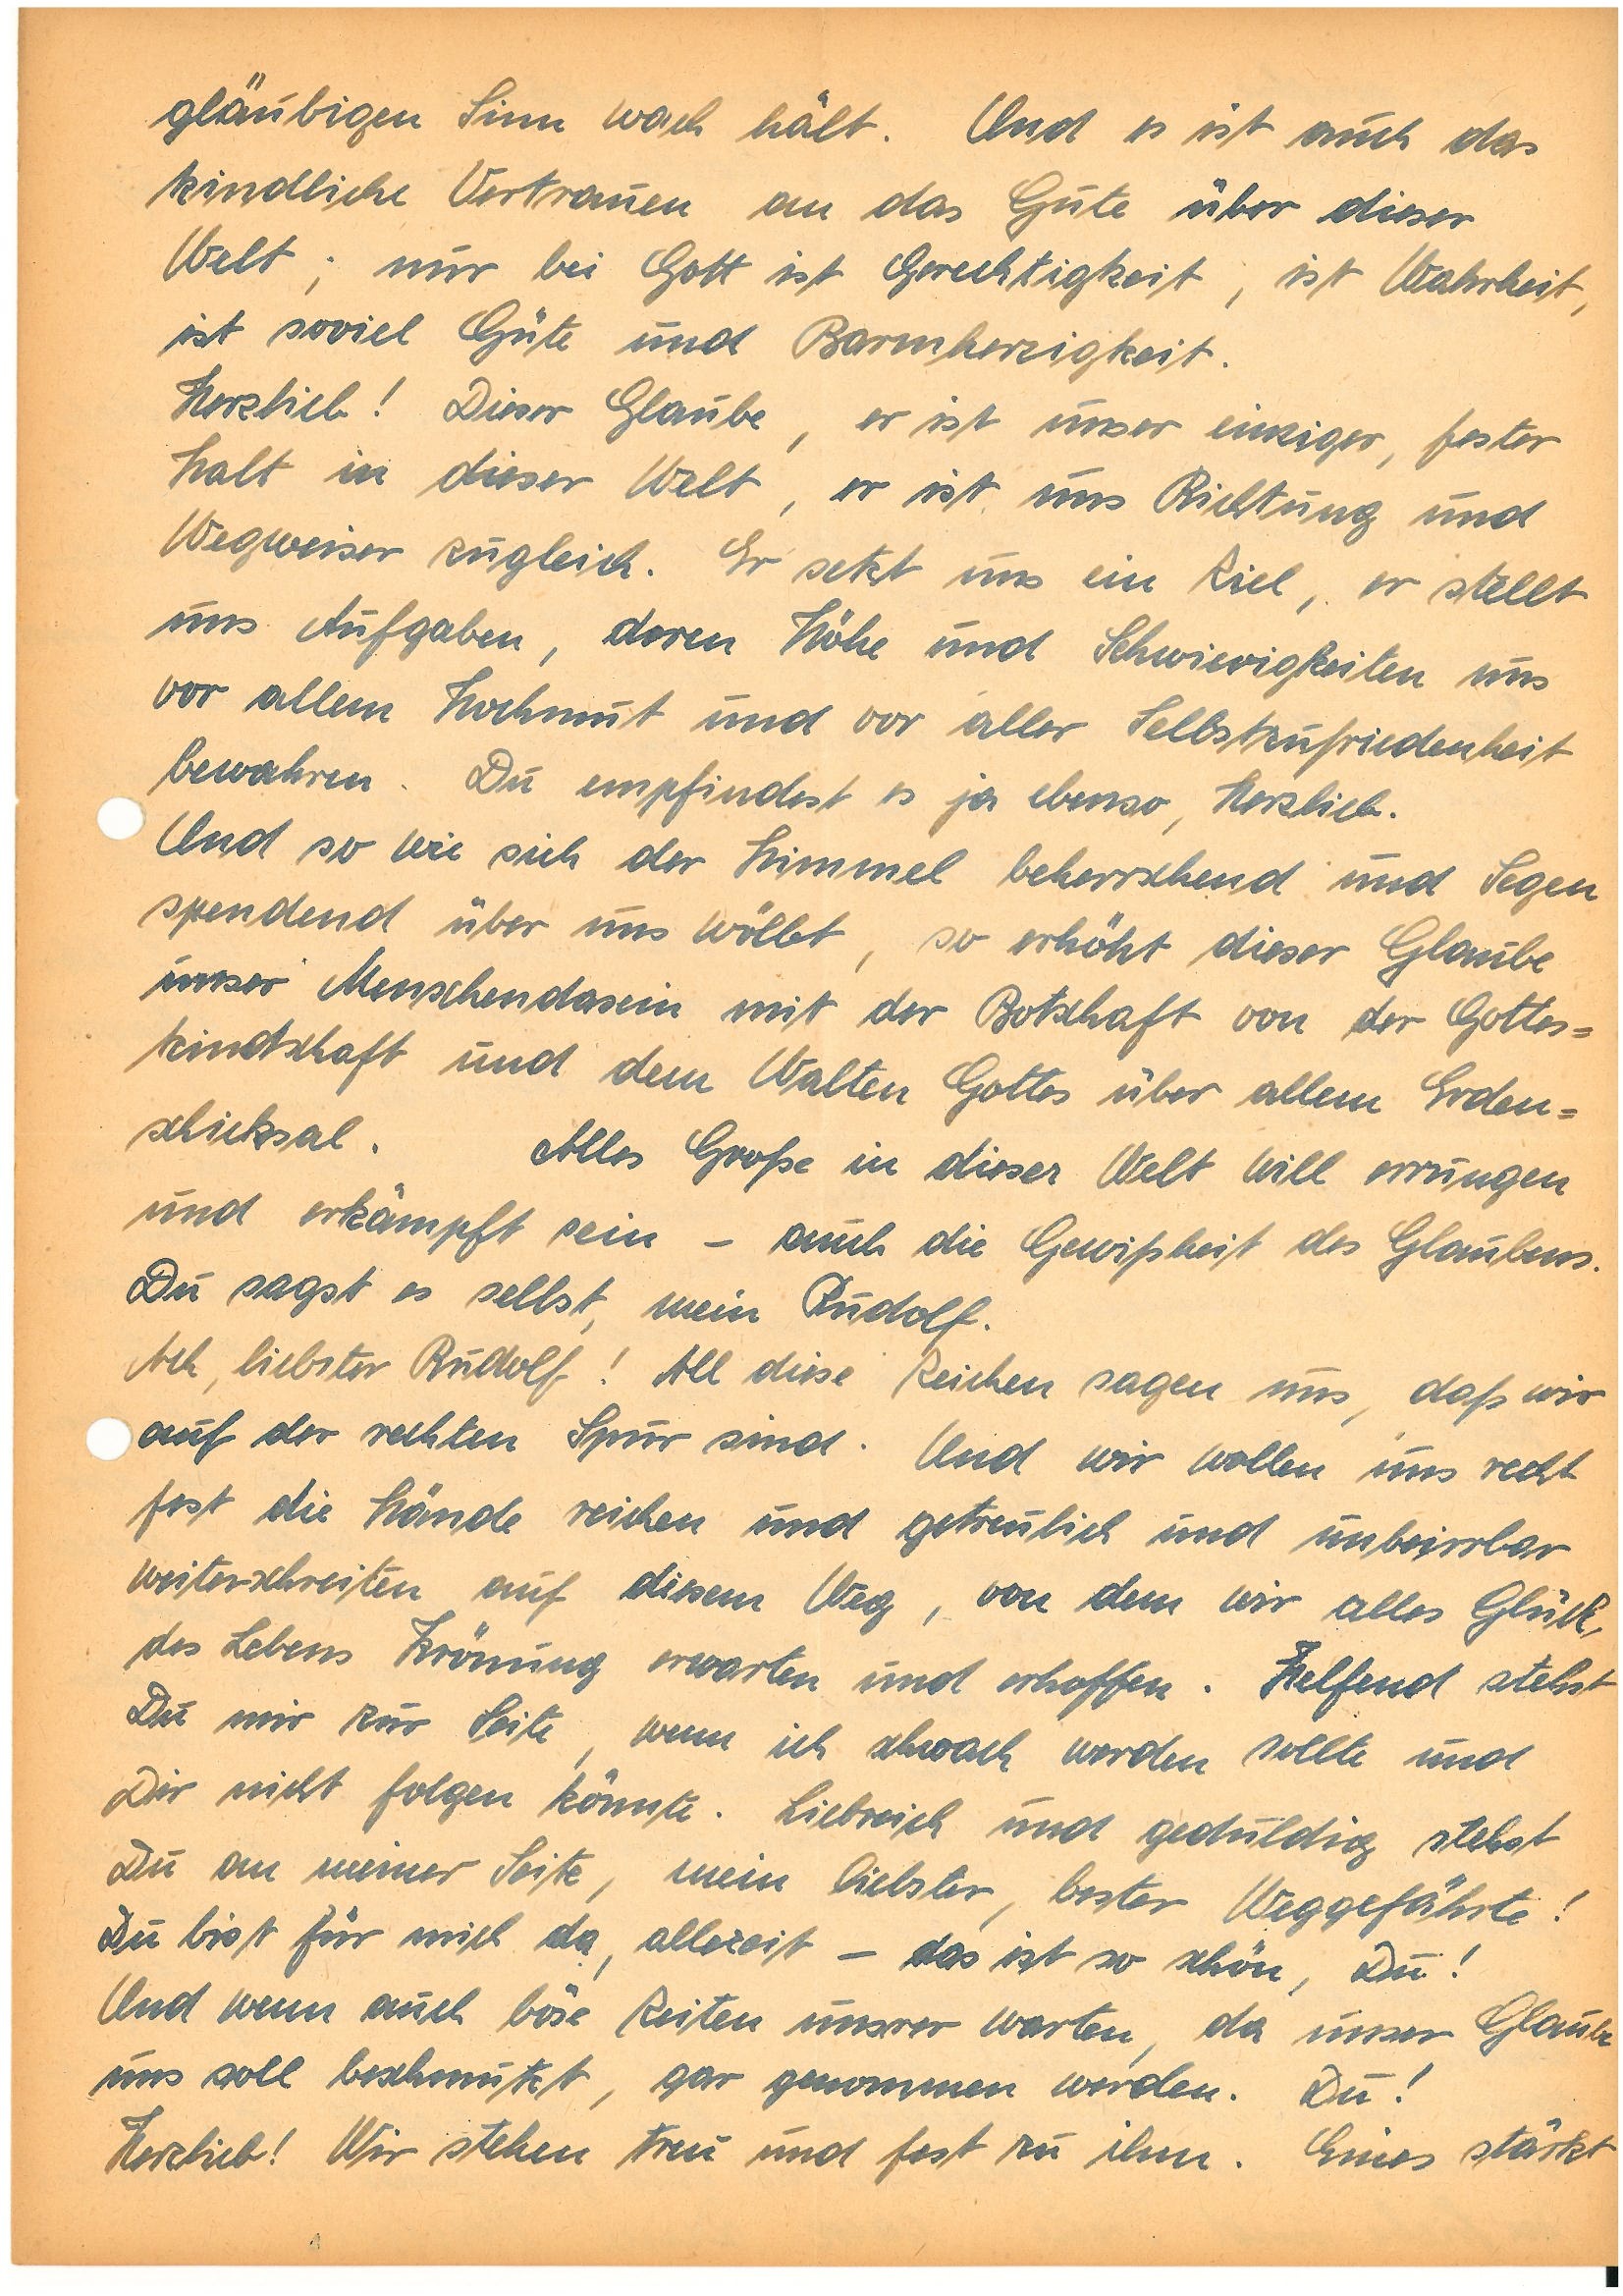
gläubigen Sinn wach hält. Und es ist auch das
kindliche Vertrauen an das Gute über dieser
Welt; nur bei Gott ist Gerechtigkeit, ist Wahrheit,
ist soviel Güte und Barmherzigkeit.
Herzlieb! Dieser Glaube, er ist unser einziger, fester
Halt in dieser Welt, er ist uns Richtung und
Wegweiser zugleich. Er setzt uns ein Ziel, er stellt
uns Aufgaben, deren Höhe und Schwierigkeiten uns
vor allem Hochmut und vor aller Selbstzufriedenheit
bewahren. Du empfindest es ja ebenso, Herzlieb.
Und so wie sich der Himmel beherrschend und Segen
spendend über uns wölbt, so erhöht dieser Glaube
unser Menschendasein mit der Botschaft von der Gottes¬
kindschaft und dem Walten Gottes über allem Erden¬
schicksal. Alles Große in dieser Welt will errungen
und erkämpft sein – auch die Gewißheit des Glaubens.
Du sagst es selbst, mein .
Ach, liebster ! All diese Zeichen sagen uns, daß wir
auf der rechten Spur sind. Und wir wollen uns recht
fest die Hände reichen und getreulich und unbeirrbar
weiterschreiten auf diesem Weg, von dem wir alles Glück,
des Lebens Krönung erwarten und erhoffen. Helfend stehst
Du mir zur Seite, wenn ich schwach werden sollte und
Dir nicht folgen könnte. Liebreich und geduldig stehst
Du an meiner Seite, mein liebster, bester Weggefährte!
Du bist für mich da, allezeit – das ist so schön, Du!
Und wenn auch böse Zeiten unsrer warten, da unser Glaube
uns soll beschmutzt, gar genommen werden. Du!
Herzlieb! Wir stehen treu und fest zu ihm. Eines stärkt